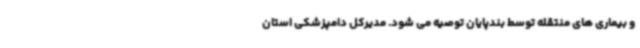
و بیماری های منتقله توسط بندپایان توصیه می شود. مدیرکل دامپزشکی استان